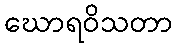
ဃောရဝိသတာ